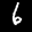
Label: 6